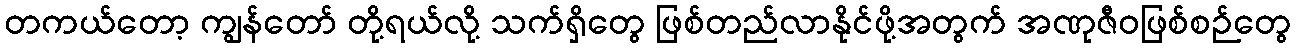
တကယ်တော့ ကျွန်တော် တို့ရယ်လို့ သက်ရှိတွေ ဖြစ်တည်လာနိုင်ဖို့အတွက် အဏုဇီဝဖြစ်စဉ်တွေ